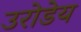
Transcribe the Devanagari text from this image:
उरोडेय